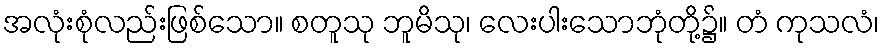
အလုံးစုံလည်းဖြစ်သော။ စတူသု ဘူမိသု၊ လေးပါးသောဘုံတို့၌။ တံ ကုသလံ၊